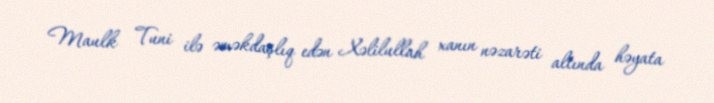
Maulk Tuni ilə əməkdaşlıq edən Xəlilullah xanın nəzarəti altında həyata